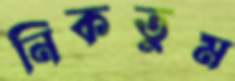
নিকতুম